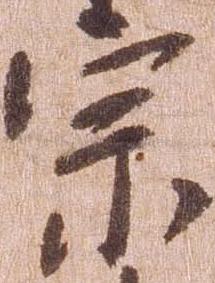
宗